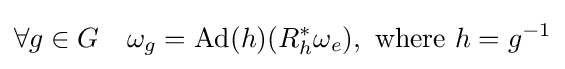
\forall g\in G\quad \omega _{g}=\mathrm {Ad} (h)(R_{h}^{*}\omega _{e}),{\text{ where }}h=g^{-1}